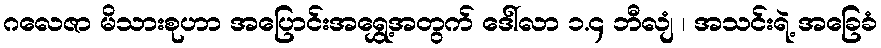
ဂလေဇာ မိသားစုဟာ အပြောင်းအရွှေ့အတွက် ဒေါ်လာ ၁.၄ ဘီလျံ ၊ အသင်းရဲ့ အခြေခံ